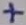
Text: +